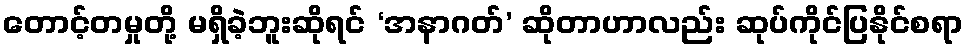
တောင့်တမှုတို့ မရှိခဲ့ဘူးဆိုရင် ‘အနာဂတ်’ ဆိုတာဟာလည်း ဆုပ်ကိုင်ပြနိုင်စရာ